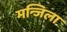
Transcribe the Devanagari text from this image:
मन्जिला